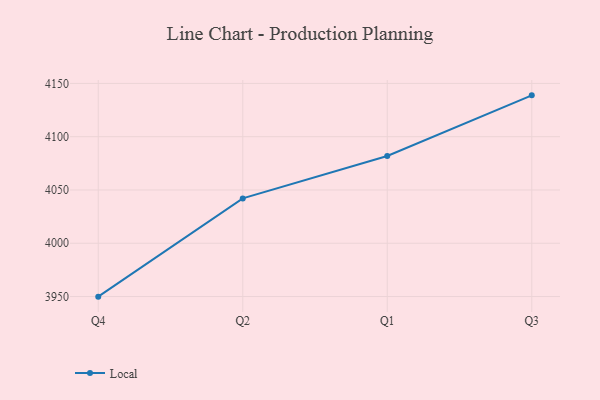
{"axis": {"x": "Quarter", "y": "Net Income (USD K)"}, "legend": ["Local"], "data": [{"x": "Q4", "y": 3949.9, "type": "Local"}, {"x": "Q2", "y": 4042.1, "type": "Local"}, {"x": "Q1", "y": 4081.9, "type": "Local"}, {"x": "Q3", "y": 4138.8, "type": "Local"}]}